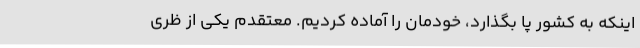
اینکه به کشور پا بگذارد، خودمان را آماده کردیم. معتقدم یکی از ظری